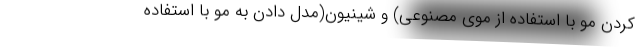
کردن مو با استفاده از موی مصنوعی) و شینیون(مدل دادن به مو با استفاده